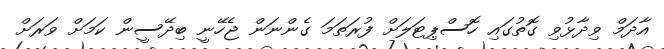
އާދަމް ވިދާޅުވި ގޮތުގައި ހޮސްޕިޓަލަށް ފުރަތަމަ ގެންނަން ޖެހޭނީ ބިދޭސީން ކަމަށް ވަރަށް